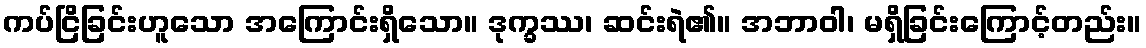
ကပ်ငြိခြင်းဟူသော အကြောင်းရှိသော။ ဒုက္ခဿ၊ ဆင်းရဲ၏။ အဘာဝါ၊ မရှိခြင်းကြောင့်တည်း။